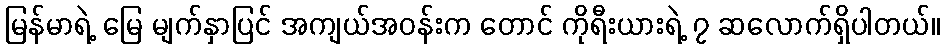
မြန်မာရဲ့ မြေ မျက်နှာပြင် အကျယ်အဝန်းက တောင် ကိုရီးယားရဲ့ ၇ ဆလောက်ရှိပါတယ်။